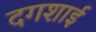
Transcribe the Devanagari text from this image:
दगशाई